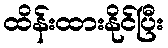
ထိန်းထားနိုင်ပြီး